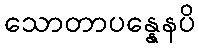
သောတာပန္နေနပိ